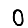
Digit: 0